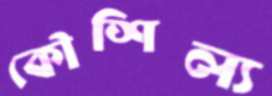
কৌশিল্য